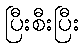
ပြီးစီးပြီး